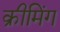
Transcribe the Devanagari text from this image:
क्रीमिंग